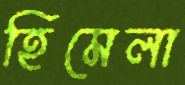
হিমেলা